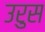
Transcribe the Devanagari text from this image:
उरुस